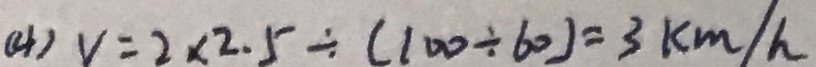
( 4 ) v = 2 \times 2 . 5 \div ( 1 0 0 \div 6 0 ) = 3 k m / h